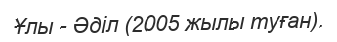
Ұлы - Әділ (2005 жылы туған).